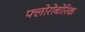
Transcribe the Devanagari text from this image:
फ्लोरोबोरिक